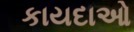
કાયદાઓ